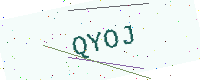
Text: QYOJ